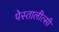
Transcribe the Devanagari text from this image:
पेस्तालीत्सी